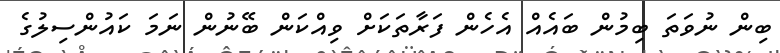
ބިން ނުވަތަ ބިމުން ބައެއް އެހެން ފަރާތަކަށް ވިއްކަން ބޭނުން ނަމަ ކައުންސިލުގެ